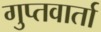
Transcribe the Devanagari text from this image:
गुप्तवार्ता